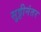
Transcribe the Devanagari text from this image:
सुट्टीनंतर